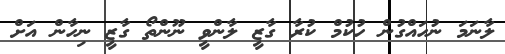
ލާނަމަ ނުހައްގުން ހުކުމް ކުރާ ގާޒީ ލާންވީ ނޫންތޯ ގާޒީ ނިހާން އަށް